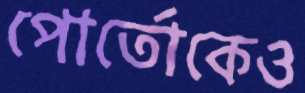
পোর্তোকেও